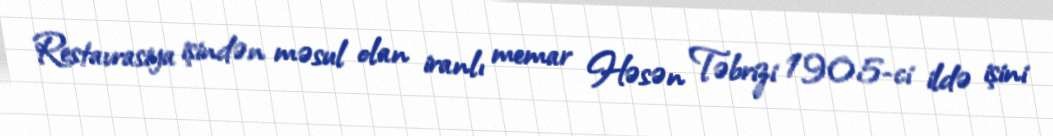
Restavrasiya işindən məsul olan iranlı memar Həsən Təbrizi 1905-ci ildə işini